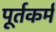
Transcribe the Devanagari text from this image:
पूर्तकर्म